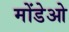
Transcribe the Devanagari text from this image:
मोंडेओ